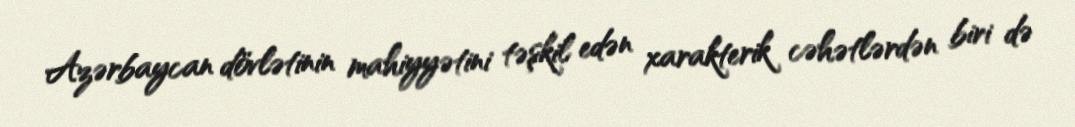
Azərbaycan dövlətinin mahiyyətini təşkil edən xarakterik cəhətlərdən biri də